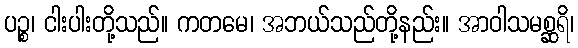
ပဉ္စ၊ ငါးပါးတို့သည်။ ကတမေ၊ အဘယ်သည်တို့နည်း။ အာဝါသမစ္ဆရိ၊